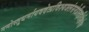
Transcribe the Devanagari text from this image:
नमोस्तुधर्मायवदेत्प्रविश्यजलंसमेप्रीतइतिक्षिपेच्च